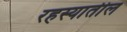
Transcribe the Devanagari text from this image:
रहस्यातील